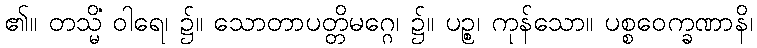
၏။ တသ္မိံ ဝါရေ၊ ၌။ သောတာပတ္တိမဂ္ဂေ၊ ၌။ ပဉ္စ၊ ကုန်သော။ ပစ္စဝေက္ခဏာနိ၊